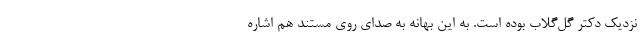
نزدیک دکتر گل‌گلاب بوده است. به این بهانه به صدای روی مستند هم اشاره